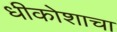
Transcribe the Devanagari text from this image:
धीकोशाचा